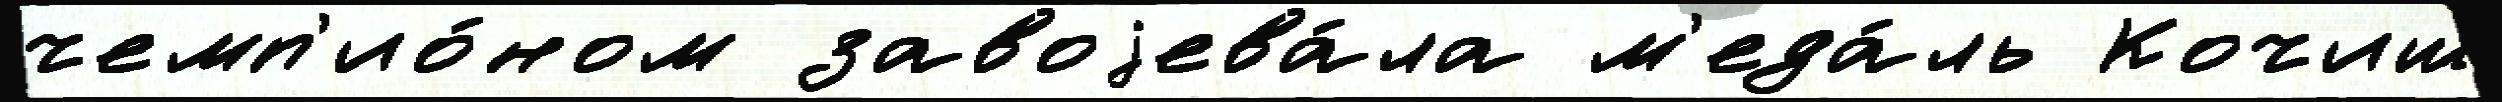
чемп'ио́ном завоjева́ла м'еда́ль Кочиш